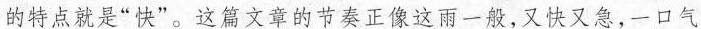
的特点就是“快”。这篇文章的节奏正像这雨一般，又快又急，一口气